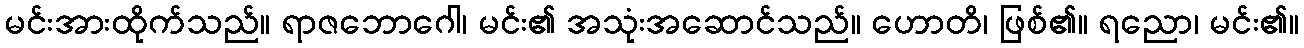
မင်းအားထိုက်သည်။ ရာဇဘောဂေါ၊ မင်း၏ အသုံးအဆောင်သည်။ ဟောတိ၊ ဖြစ်၏။ ရညော၊ မင်း၏။